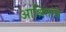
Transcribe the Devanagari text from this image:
आश्रितांचे